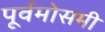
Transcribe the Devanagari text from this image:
पूर्वमोसमी